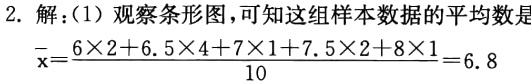
2. 解：(1) 观察条形图，可知这组样本数据的平均数是
\(\overline{x}=\frac{6\times2 + 6.5\times4+7\times1 + 7.5\times2+8\times1}{10}=6.8\)